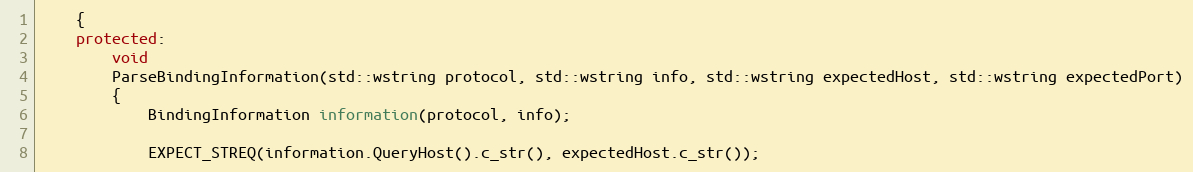
Language: C++
    {
    protected:
        void
        ParseBindingInformation(std::wstring protocol, std::wstring info, std::wstring expectedHost, std::wstring expectedPort)
        {
            BindingInformation information(protocol, info);

            EXPECT_STREQ(information.QueryHost().c_str(), expectedHost.c_str());